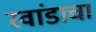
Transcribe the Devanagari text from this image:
रवांडाचा